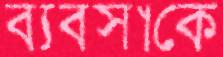
ব্যবসাকে